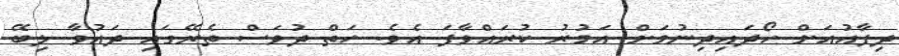
ދިފާއުއަށް ހޯދައިދިނުމަށް އަމުރު ކުރައްވާފަ އެވެ. ހަތް ދުވަސް ތެރޭގައި ދައުވާ ލިބޭ